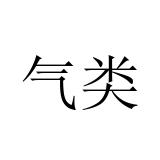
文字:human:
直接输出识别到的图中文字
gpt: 气类